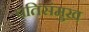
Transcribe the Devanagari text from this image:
पतिसंमुख